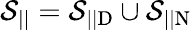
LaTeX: \mathcal{S}_{||}=\mathcal{S}_{||\mathrm{D}}\cup\mathcal{S}_{||\mathrm{N}}